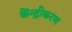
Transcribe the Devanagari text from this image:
केंन्द्रीकरण